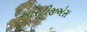
આરટીજીએસ